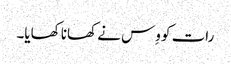
رات کو وِس نے کھانا کھایا۔